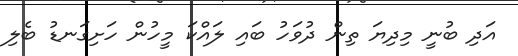
އަދި ބުނީ މިދިޔަ ތިން ދުވަހު ބައި ލައްކަ މީހުން ހަށިގަނޑު ބެލި